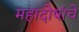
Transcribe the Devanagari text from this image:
महादोषांचे